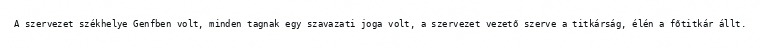
A szervezet székhelye Genfben volt, minden tagnak egy szavazati joga volt, a szervezet vezető szerve a titkárság, élén a főtitkár állt.